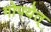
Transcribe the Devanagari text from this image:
गोपयेत्